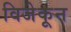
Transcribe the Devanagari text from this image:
विजेकून